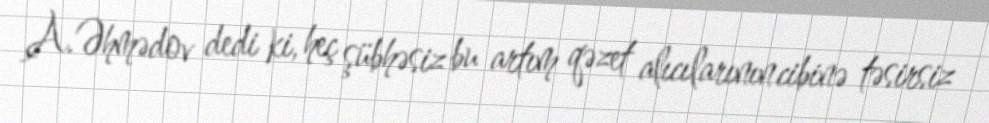
A.Əhmədov dedi ki, heç şübhəsiz bu artım qəzet alıcılarının cibinə təsirsiz